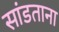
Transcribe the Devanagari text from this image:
सांडताना